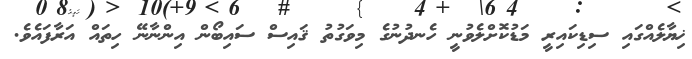
ޚިޔާލެއްގައި ސިޑިކައިރީ މަޑުކޮށްލެވުނީ ހެނދުނުގެ މިވަގުތު ޤައިސް ސައިބޯން އިންނާނޭ ހިތައް އަރާފައެވެ.